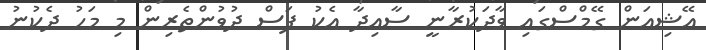
އޭޝިއަން ގޭމްސްގައި ވާދަކުރާނީ ސާއިދާ އެކު ފަސް ދުވުންތެރިން މި މަހު ދެކުނު